NAE_EAA_T-354_Tartu_Tamme_Gumnaasium, lk 100
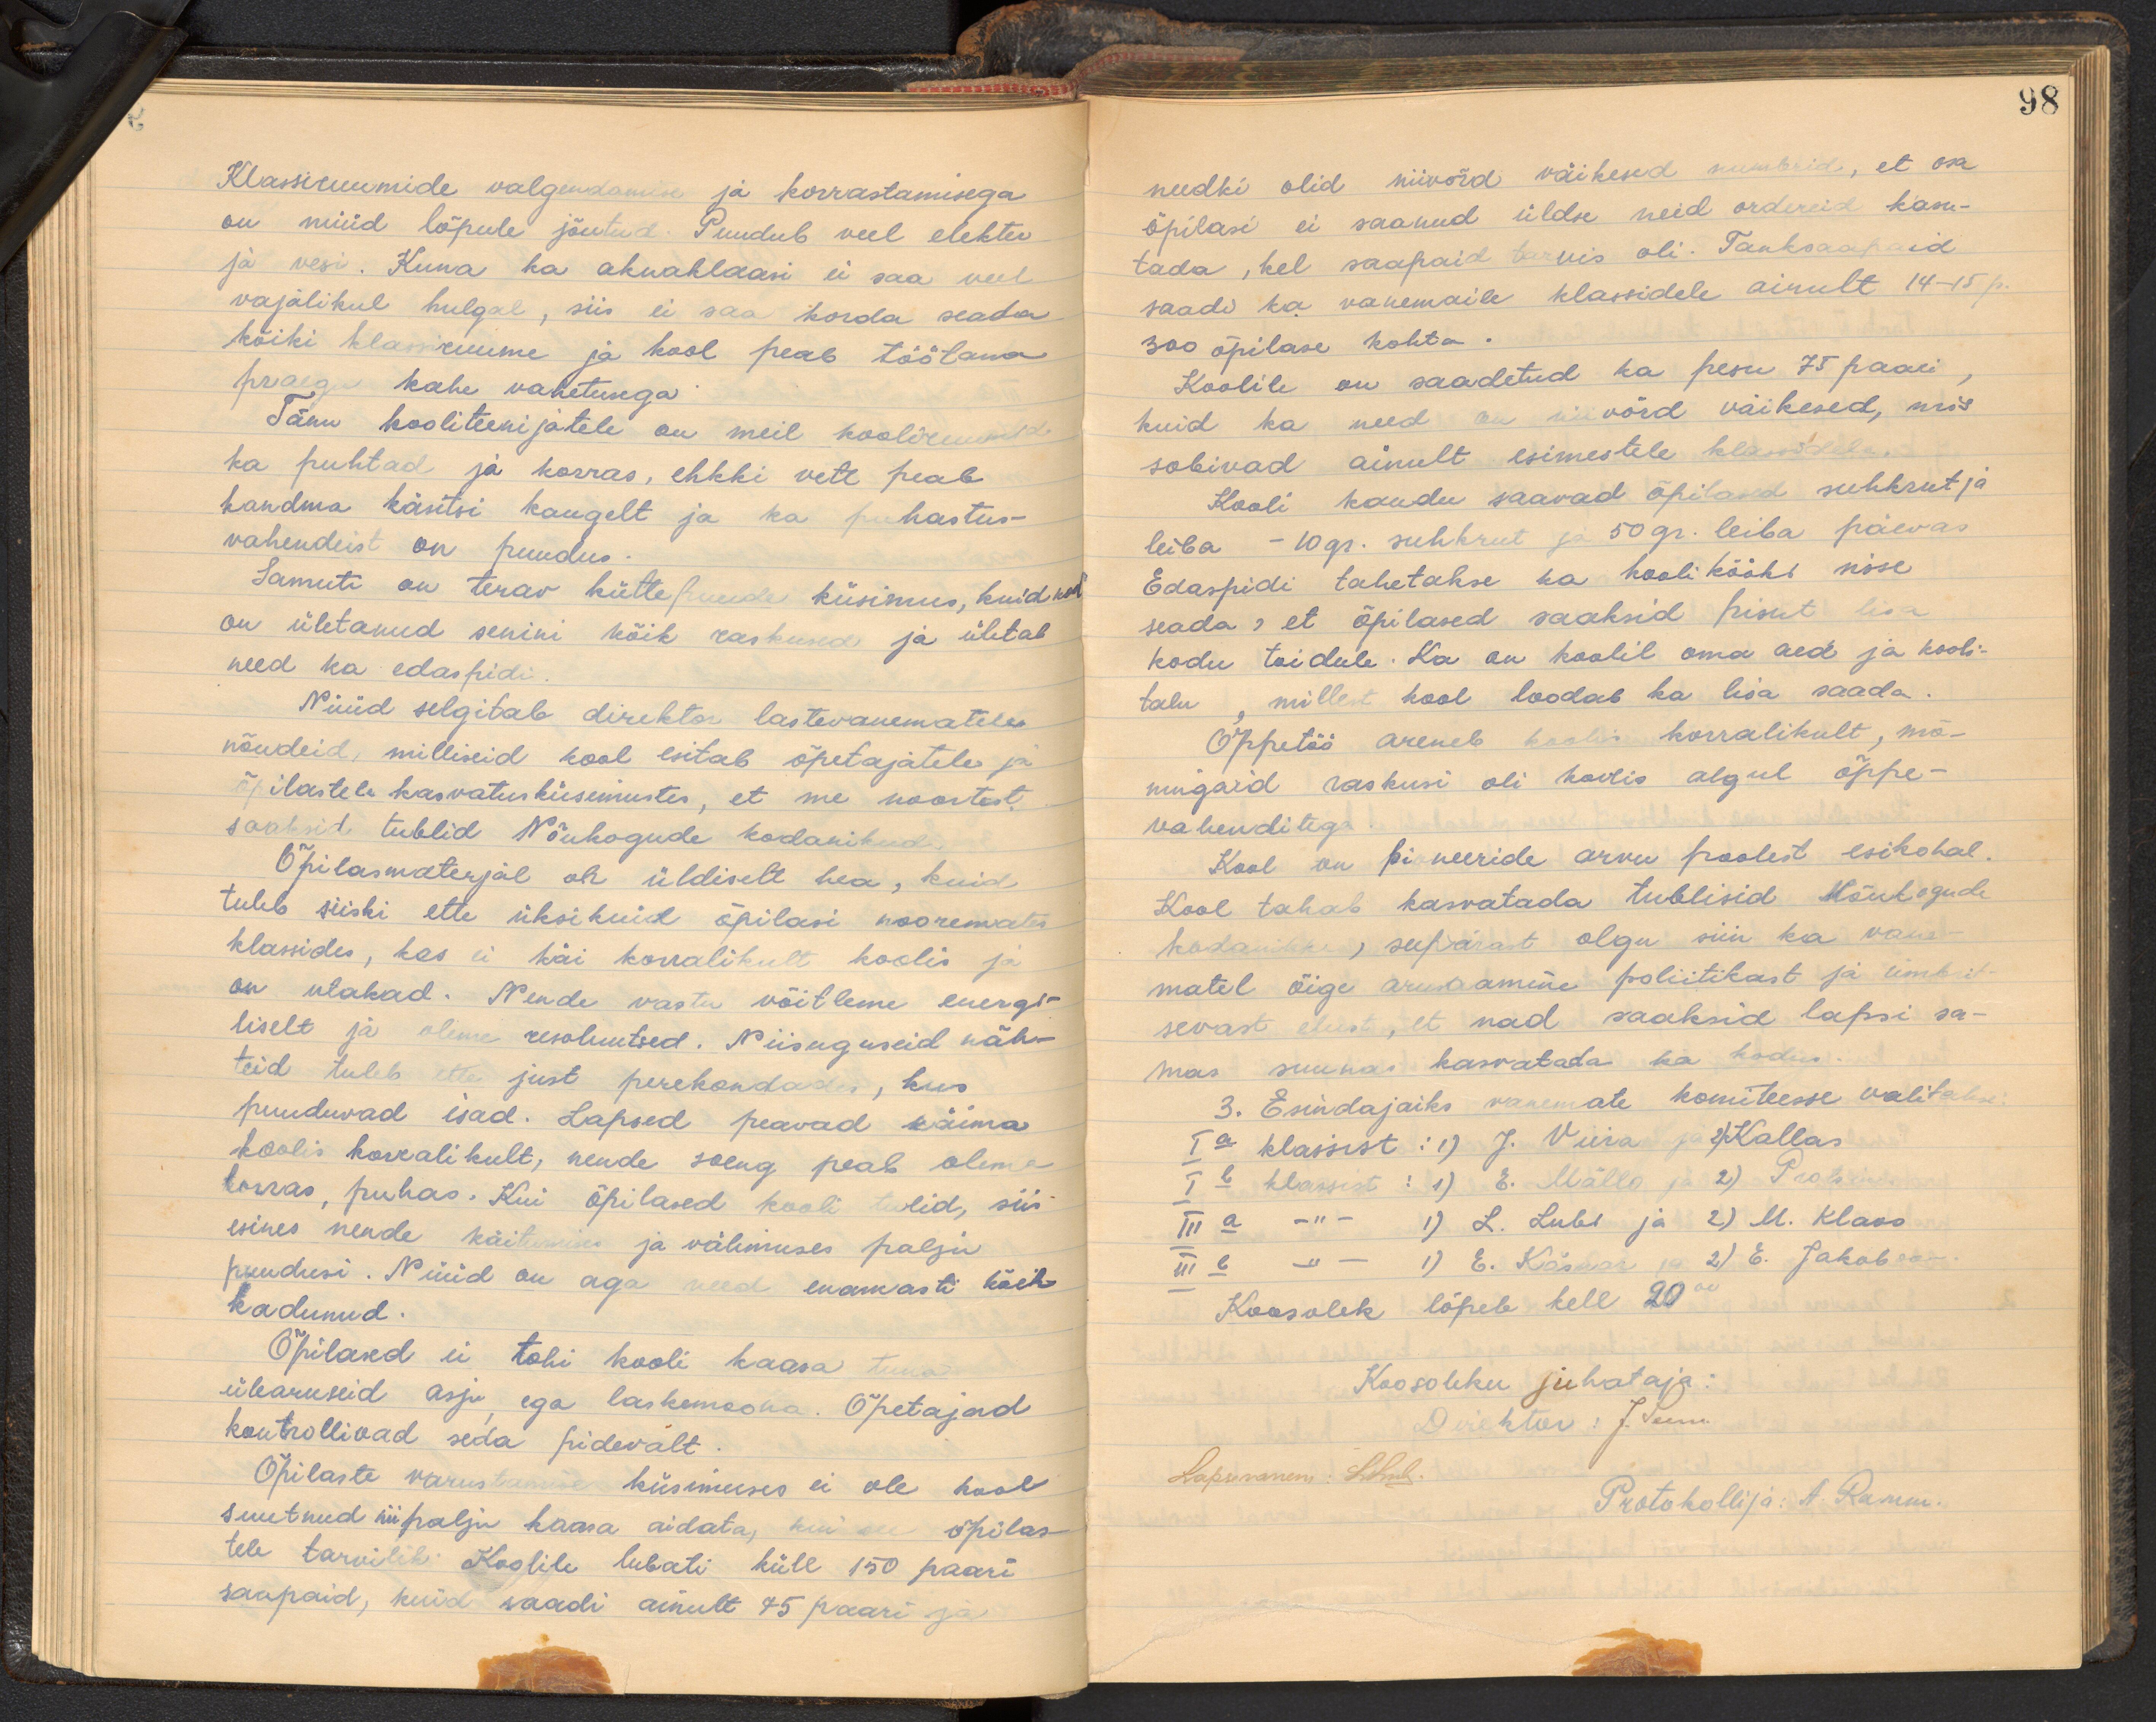
Klassiruumide valgendamise ja korrastamisega
on nüüd lõpule jõutud. Puudub veel elekter
ja vesi. Kuna ka aknaklaasi ei saa veel
vajalikul hulgal, siis ei saa korda seada
kõiki klassiruume ja kool peab töötama
praegu kahe vahetusega:
Tänu kooliteenijatele on meil kooliruumid
ka puhtad ja korras, ehkki vett peab
kandma käsitsi kaugelt ja ka puhastus-
vahendeist on puudus
Samuti on terav küttepuude küsimus, kuid kool
on ületanud senini kõik raskused ja ületab
need ka edaspidi
Nüüd selgitab direktor lastevanematele
nõudeid, milliseid kool esitab õpetajatele ja
õpilastele kasvatusküsimustes, et me noortest
saaksid tublid Nõukogude kodanikud
Õpilasmaterjal oh üldiselt hea, kuid
tuleb siiski ette üksikuid õpilasi nooremates
Klassides, kes ei käi korralikult koolis ja
on ulakad. Nende vastu võitleme energi
liselt ja oleme resoluutsed. Niisuguseid näh-
teid tuleb ette just perekondades, kus
puuduvad isad. Lapsed peavad käima
koolis korralikult, nende soeng peab olema
korras, puhas. Kui õpilased kooli tulid, siis
esines nende käitumises ja välimuses palju
puudusi. Nüüd on aga need enamasti kõik
kadunud.
Õpilased ei tohi kooli kaasa tuua
ülearuseid asju ega laskemoona. Õpetajad
kontrollivad seda pidevalt
Õpilaste varustamise küsimuses ei ole kool
suutnud niipalju kaasa aidata, kui see õpilas
tele tarvilik Koolile lubati küll 150 paari.
saapaid, kuid saadi ainult 75 paari ja

98
needki olid niivõid väikesed numbrid, et osa
õpilasi ei saanud üldse neid ordereid kasu-
tada, kel saapaid tarvis oli. Tanksaapaid
saadi ka vanemaile klassidele ainult 14-15 p.
300 õpilase kohta.
Koolile on saadetud ka pesu 75 paari,
kuid ka need on niivõrd väikesed, mis
sobivad ainult esimestele klassidele.
Kooli kaudu saavad õpilased suhkrut ja
leiba - 10gr. suhkrut ja 50gr. leiba päevas
Edaspidi tahetakse ka koolikööki sisse
seada, et õpilased saaksid pisut lisa
kodu toidule. Ka on koolil oma aed ja kooli-
talu, millest kool loodab ka lisa saada.
Õppetöö areneb koolis korralikult, mõ-
ningaid raskusi oli koolis algul õppe-
vahenditega.
Kool on pioneeride arvu poolest esikohal.
Kool tahab kasvatada tublisid Nõukogude
kodanikke, seepärast olgu siin ka vane-
matel õige arusaamine poliitikast ja ümbrit
sevast elust, et nad saaksid lapsi sa-
mas suunas kasvatada ka kodus.
3. Esindajaiks vanemate komiteesse valitakse.
Ia klassist: 1) J. Viira 2) Kallas
Ib klassist : 1) E. Mällo ja 2) Protsin
III a -"- 1) L. Lubi ja 2) M. Klaos
III b - 1) E. Käsner ja 2) E. Jakobson
Koosolek lõpeb kell 20
Koosoleku juhataja:
Direktor: J. Teeni
Lapsevanem: Lihul
Protokollija: A. Ramm.